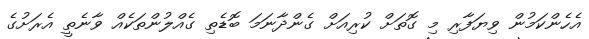
އެހެންކަމުން ވިޔަފާރި މި ގޮތަށް ކުރިއަށް ގެންދާނަމަ ބޮޑެތި ގެއްލުންތަކެއް ވާނެތީ އެރަށުގެ